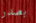
بصدر